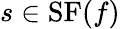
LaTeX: s\in\operatorname{SF}(f)